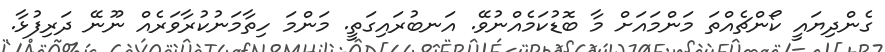
ގެންދިޔައީ ކޯންޗެއްތަ މަންމައަށް މާ ބޮޑުކަމެއްނުވޭ. އަނބުރައިގަތީ. މަންމަ ހިތާމަނުކުރާވަރެއް ނޫނޭ ދަރިފުޅާ.